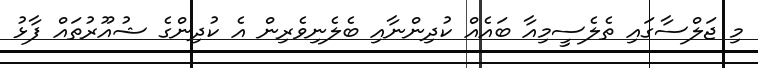
މި ޖަލްސާގައި ތެލެސީމިއާ ބައެއް ކުދިންނާއި ބެލެނިވެރިން އެ ކުދިންގެ ޝުއޫރުތައް ފާޅު